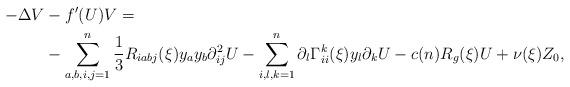
LaTeX: \begin{align*} -\Delta V &-f'(U) V = \\& -\sum\limits_{a,b,i,j=1}^n\frac13 R_{iabj} (\xi)y_ay_b\partial^2_{ij} U-\sum\limits_{i, l,k=1}^n \partial_l\Gamma^k_{ii}(\xi)y_l\partial_kU -c(n)R_g(\xi) U+\nu(\xi)Z_0,\end{align*}